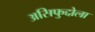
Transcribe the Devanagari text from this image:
असिफुद्दोला